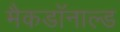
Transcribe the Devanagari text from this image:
मैकडॉनाल्ड